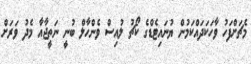
މެޗަށްފަހު ވާހަކަދައްކަމުން ޔުނައިޓެޑްގެ ކޯޗު ލުއިސް ވެންހާލް ބުނީ ނަތީޖާއާ މެދު ވަރަށް